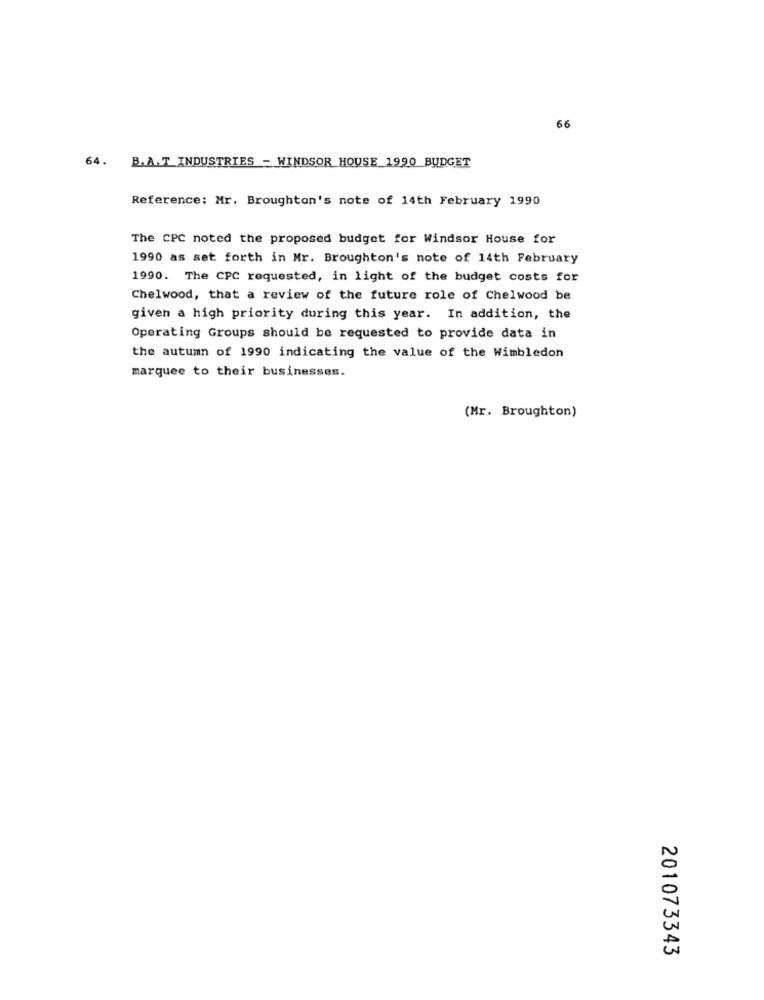
66
64.
B.A.T_INDUSTRIES - WINDSOR HOUSE 1990 BUDGET
Reference: Mr. Broughton's note of 14th February 1990
The CPC noted the proposed budget for Windsor House for
1990 as set forth in Mr. Broughton's note of 14th February
1990. The CPC requested, in light of the budget costs for
Chelwood, that a review of the future role of Chelwood be
given a high priority during this year. In addition, the
Operating Groups should be requested to provide data in
the autumn of 1990 indicating the value of the Wimbledon
marquee to their businesses.
(Mr. Broughton)
201073343